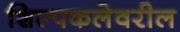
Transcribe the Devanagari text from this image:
शिल्पकलेवरील